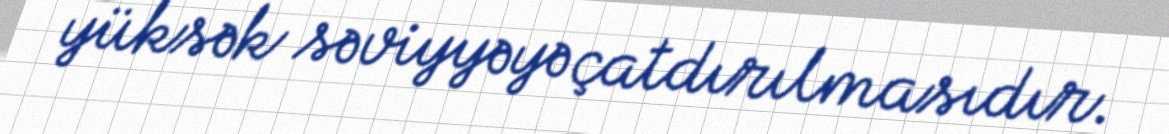
yüksək səviyyəyə çatdırılmasıdır.